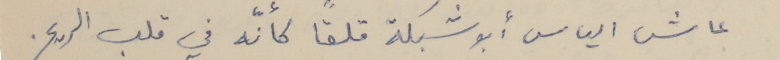
عاش الياس أبو شبكة قلقاً كأنّه في قلب الريح.